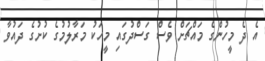
އެ ދެ މީހުންގެ މައްޗަށް ވެސް ގަސްދުގައި މީހަކު މަރާލުމުގެ ކުށުގެ ދައުވާ